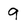
Character: 9